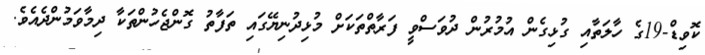
ކޮވިޑް-19ގެ ހާލަތާއި ގުޅިގެން އުމުރުން ދުވަސްވީ ފަރާތްތަކަށް މުޅިދުނިޔޭގައި ތަފާތު ގޮންޖެހުންތަކާ ދިމާވަމުންދެއެވެ.